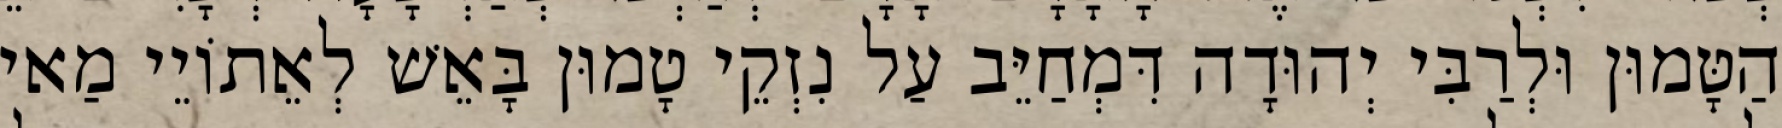
הַטָּמוּן וּלְרַבִּי יְהוּדָה דִּמְחַיֵּב עַל נִזְקֵי טָמוּן בָּאֵשׁ לְאֵתוֹיֵי מַאי